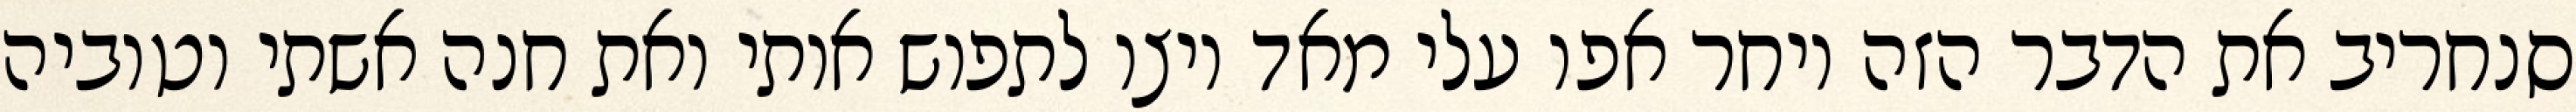
סנחריב את הדבר הזה ויחר אפו עלי מאד ויצו לתפוש אותי ואת חנה אשתי וטוביה